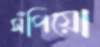
সঁপিয়ো